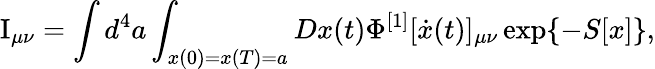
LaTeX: \mathrm{I}_{\mu\nu}=\int{d^{4}a\int_{x(0)=x(T)=a}{Dx(t)}}\Phi^{[1]}[\dot{x}(t)]_{\mu\nu}\exp\{ -S[x]\} ,